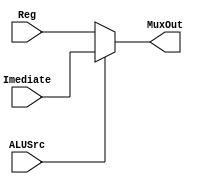
module MuxAlu (Imediate, Reg, MuxOut, ALUSrc);

	input [31:0] Imediate, Reg;
	output reg [31:0] MuxOut;
	input ALUSrc;
	
	always @ (*)
		begin
			if (ALUSrc)
				MuxOut = Imediate;
				
			else
				MuxOut = Reg;
		end
	
endmodule